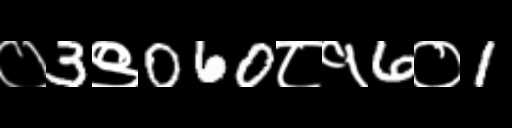
Text: ०3९060८१6०1